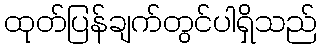
ထုတ်ပြန်ချက်တွင်ပါရှိသည်